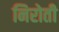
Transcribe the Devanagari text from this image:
निरोती